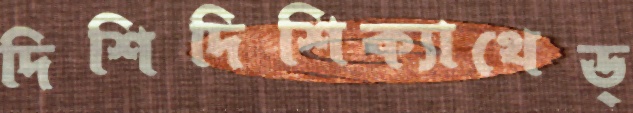
দিশিদিশিক্যাথেড্